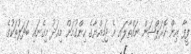
ފީފާ އިން ކޮރަޕްޝަން ނައްތާލައި އެ ޖަމިއްޔާގެ ހިންގުމަށް މިއަދު މިގެނައި ބަދަލުތަކުގެ